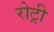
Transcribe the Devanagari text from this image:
रोट्री